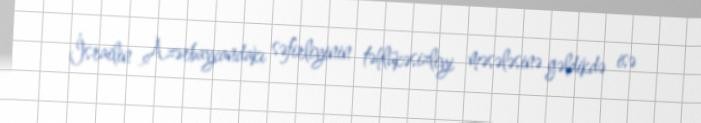
İsrailin Azərbaycandakı səfirliyinin təhlükəsizliyi məsələsinə gəldikdə isə